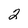
Character: 2